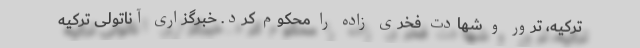
ترکیه، ترور و شهادت فخری زاده را محکوم کرد. خبرگزاری آناتولی ترکیه